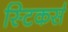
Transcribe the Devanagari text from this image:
स्टिकर्स